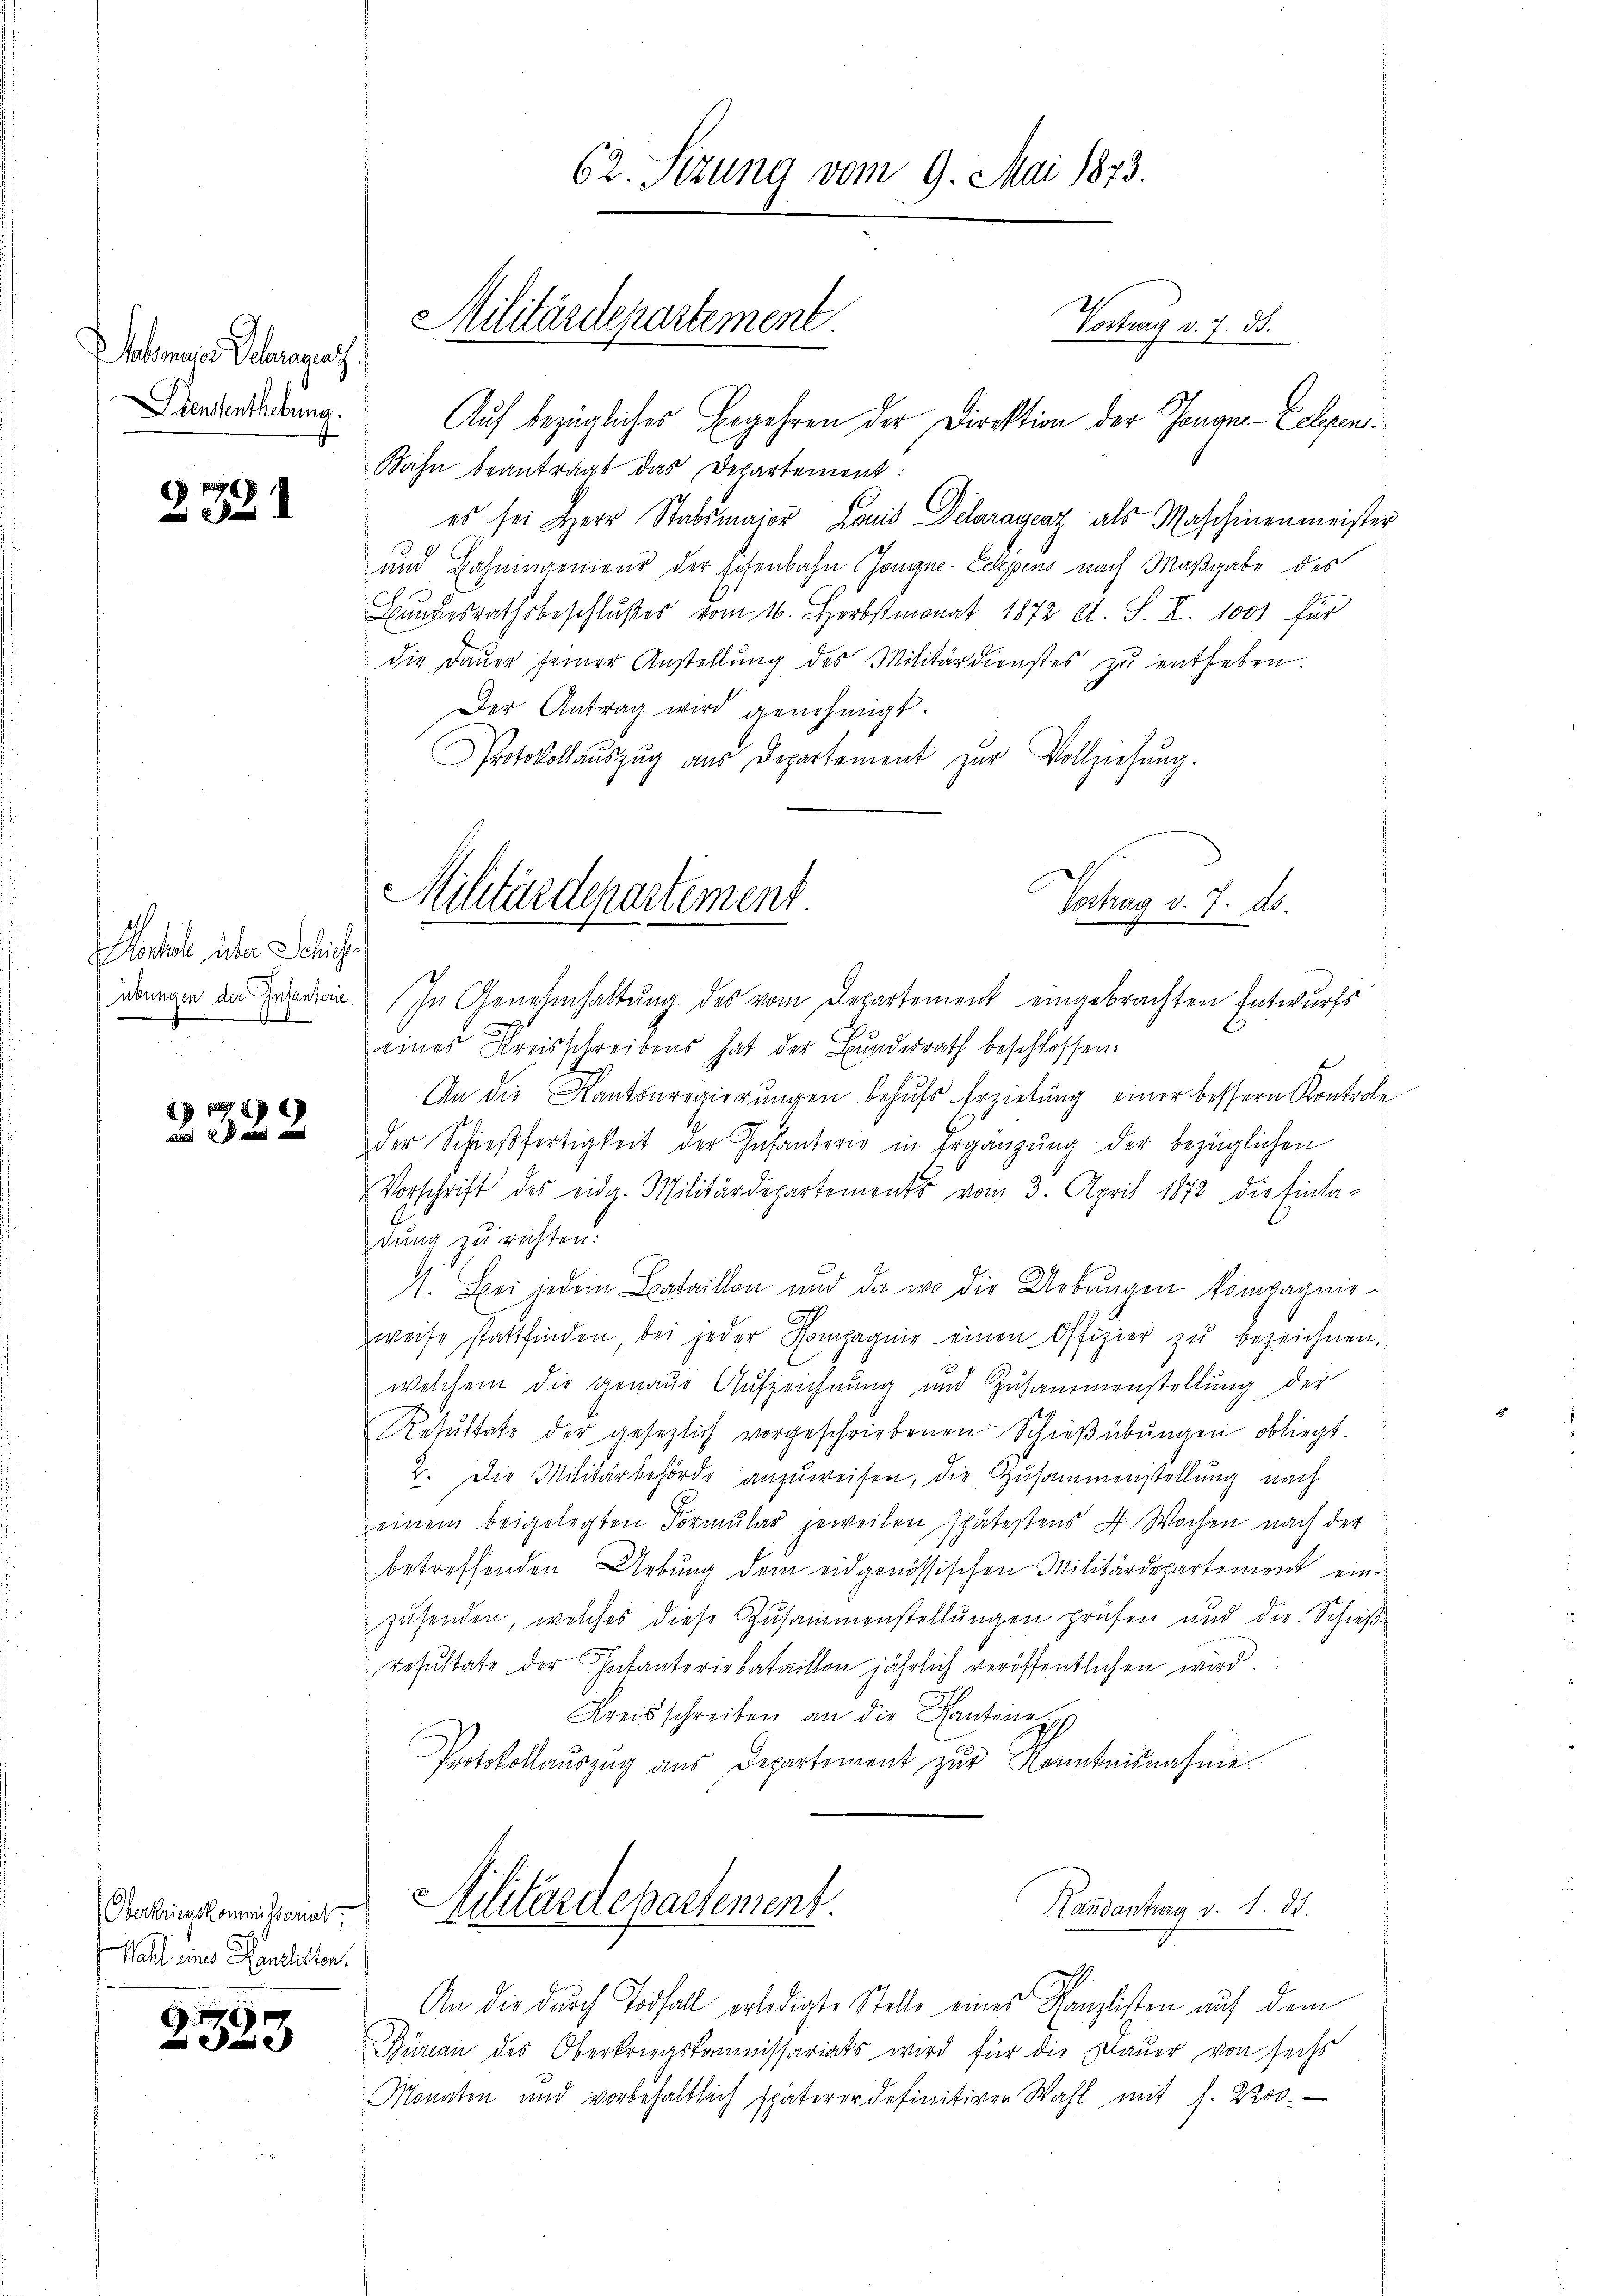
obmaior Schragsatz
Dienstenthebung.

2321

onkel über Schlich
übungen der Intanterie.
1

27
322

Oberkriegskommissariat
Wahl eines Kanzlisten.

2335

Vortrag v. 7. d.
Auf bezügliches Begehren der Direktion der Tonanz-Zelgen¬
Bahn beantragt das Departement:
es sei Herr Stabsmajor Louis Delaragenz als Maschinenmeister
und Bahningenieur der schenbahn Gongne-Echpens nach Maßgabe des
Bundesrathsbeschlußes vom 16. Herbstmonat 1872 d. S. I. 1001 für
die Daŭer seiner Anstellŭng des Militärdienstes zŭ entheben.
Der Antrag wird genehmigt.
Protokollauszug aus Departement zur Vollziehung.
In Genehmhaltung des vom Departement eingebrachten Entwurfs
eines Kreisschreibens hat der Bundesrath beschlossen.
An die Kantonregierŭngen behŭfs Erziehŭng einer bessern Kontrole
der Schieβfertigkeit der Infanterie in Ergänzŭng der bezüglichen
Vorschrift des eidg. Militärdepartements vom 3. April 1873 die Einla-
dung zu richten.
1. Bei jedem Bataillon und da wo die Uebungen kompagnie-
weise stattfinden bei jeder Kompagnie einen Offizier zu bezeichnen,
welchem die genaue Aufzeichnung und Zusammenstellung der
Resŭltate der gesezlich vorgeschriebenen Schieβübŭngen obliegt.
2. Die Militärbehörde anzuweisen, die Zusammenstellung nach
einem beigelegten Formŭlar jeweilen spätestens 4 Wochen nach der
betreffenden Uebung dem eidgenössischen Militärdepartement einzuhenden, welches diese Zusammenstellungen prüfen und die Schieße
resŭltate der Infanteriebataillon jährlich veröffentlichen wird.
Kreisschreiben an die Kantone
Protokollauszug aus Departement zur Kenntnisnahme¬
Militärdepartement.
Handantrag v. 1. d.
An die durch Todfall erledigte Stelle eines Kanzlisten auf dem
Bureau des Oberkriegskommissariats wird für die Dauer von sechs
Monaten und vorbehaltlich späterer definitiver Wahl mit s. 2200.

Militärdepartement.

Militärdepartement.

62. Sezung vom 9. Mai 1873.

Vertrag d. 7. ds.